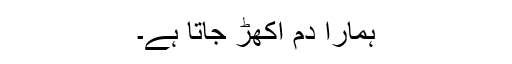
ہمارا دم اُکھڑ جاتا ہے۔